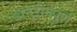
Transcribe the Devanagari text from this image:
अनुरागपूर्ण